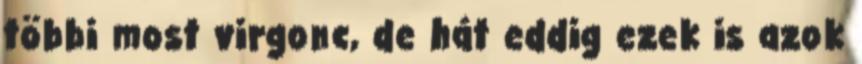
többi most virgonc, de hát eddig ezek is azok